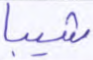
شيبا